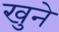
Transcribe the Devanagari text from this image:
खुने